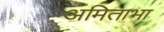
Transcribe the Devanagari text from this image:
अमिताभा